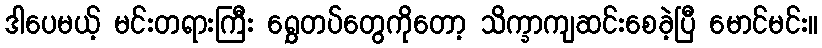
ဒါပေမယ့် မင်းတရားကြီး ရွှေတပ်တွေကိုတော့ သိက္ခာကျဆင်းစေခဲ့ပြီ မောင်မင်း။